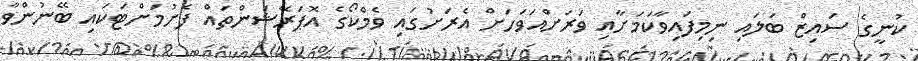
ކުނީގެ ސައިޒް ބަލައި ނިިމިފައިވާކަމަށާއި ވަރަށްއަވަހަށް އެރަށުގައި ވެމްކޯގެ އޮޕަރޭޝަންތައް ފެށުމަށްޓަކައި ބޭނުންވާ